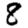
Digit: 8